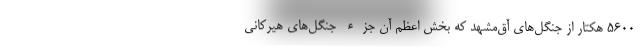
۵۶۰۰ هکتار از جنگل‌های آق‌مشهد که بخش اعظم آن جزء جنگل‌های هیرکانی